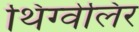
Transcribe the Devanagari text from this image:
थिंग्वेलिर